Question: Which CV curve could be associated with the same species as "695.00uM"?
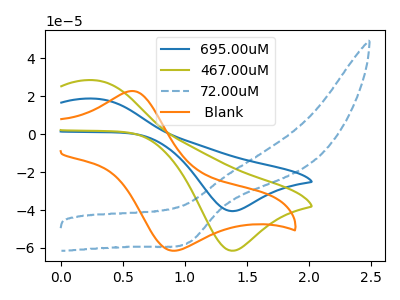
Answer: <think>The blue curve "695.00uM" has an anodic peak at (0.25V, 18.85uA) and a cathodic peak at (1.40V, -40.55uA). The olive curve "467.00uM" has an anodic peak at (0.25V, 28.55uA) and a cathodic peak at (1.40V, -61.50uA). The blue dashed curve "72.00uM" has a cathodic peak at: (1.05V, -57.00uA). The orange curve " Blank" has an anodic peak at (0.60V, 22.85uA) and a cathodic peak at (0.95V, -61.40uA).
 All the peaks in "695.00uM" have a peak in "467.00uM" at the same potential. Every peak in "695.00uM" is lower than every peak in "467.00uM". "695.00uM" and "72.00uM" have a different number of peaks. "695.00uM" and " Blank" have at least one peak that do not match. "467.00uM" and "72.00uM" have a different number of peaks. "467.00uM" and " Blank" have at least one peak that do not match. "72.00uM" and " Blank" have a different number of peaks.</think>
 <answer>The CV with the most similar shape to "467.00uM" is "695.00uM".</answer>
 <eval>"695.00uM"</eval>